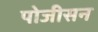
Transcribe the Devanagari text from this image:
पोजीसन